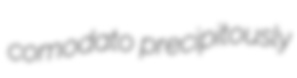
comodato precipitously